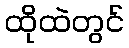
ထိုထဲတွင်